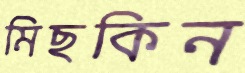
মিছকিন